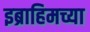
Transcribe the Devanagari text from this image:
इब्राहिमच्या